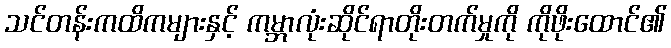
သင်တန်းကထိကများနှင့် ကမ္ဘာလုံးဆိုင်ရာတိုးတက်မှုကို ကိုဖိုးထောင်၏